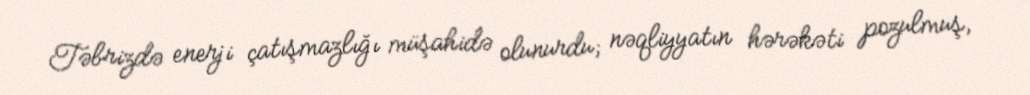
Təbrizdə enerji çatışmazlığı müşahidə olunurdu; nəqliyyatın hərəkəti pozulmuş,